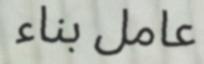
عامل بناء